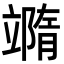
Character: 𥪹